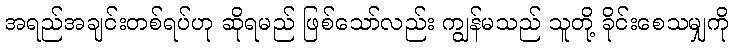
အရည်အချင်းတစ်ရပ်ဟု ဆိုရမည် ဖြစ်သော်လည်း ကျွန်မသည် သူတို့ ခိုင်းစေသမျှကို